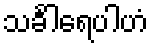
သင်္ခါရေပါဟံ